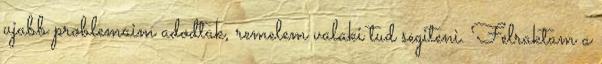
ujabb problemaim adodtak, remelem valaki tud segiteni. Felraktam a